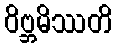
ဝိဗ္ဘမိဿတိ